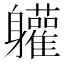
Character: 𮜾